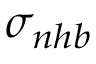
\sigma _ { n h b }